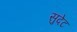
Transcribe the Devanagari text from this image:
सुदेट